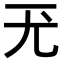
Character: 𡯊